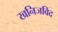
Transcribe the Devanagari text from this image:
खनिजविद